Calcutta medical institutions reports 1871-78
Year: 1871
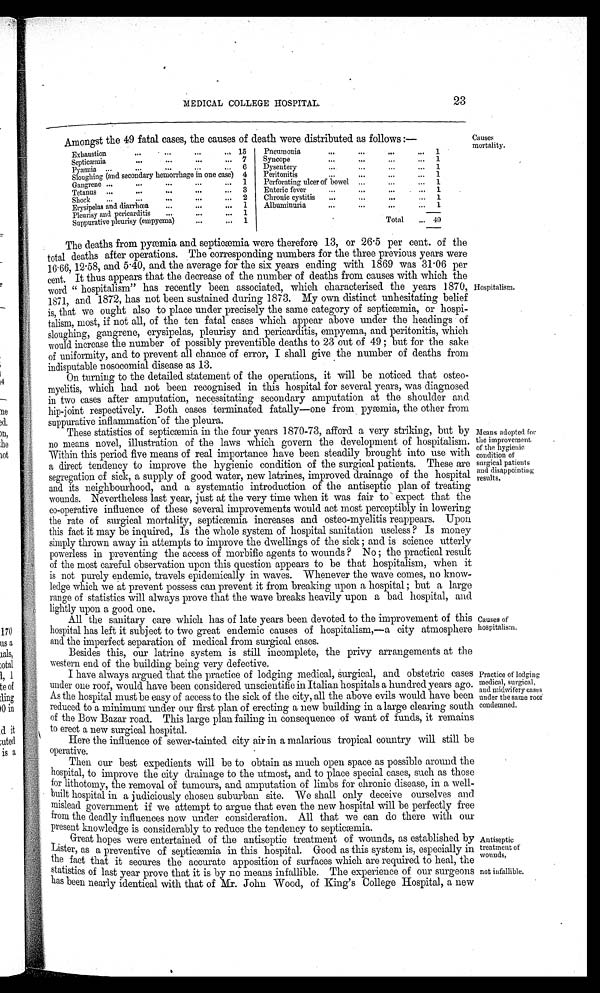
Exhaustion
15
Septicæmia
7
Pyæmia
6
Sloughing (and secondary hemorrhage in one case) 4
Gangrene
1
Tetanus
3
Shock
2
Erysipelas and diarrhœa
1
Pleurisy and pericarditis
1
Suppurative pleurisy (empyema)
1
Pneumonia
1
Syncope
1
Dysentery
1
Peritonitis
1
Perforating ulcer of bowel
1
Enteric fever
1
Chronic cystitis
1
Albuminuria
1
Total
49
A mongst the 49 fatal cases, the causes of death were distributed as follows :—
Causes
mortality.
MEDICAL COLLEGE HOSPITAL.
23
The deaths from pyæmia and septicæmia were therefore 13, or 26 . 5 per cent. of the
total deaths after operations. The corresponding numbers for the three previous years were
16. 66, 12 . 58, and 5 . 40, and the average for the six years ending with 1869 was 31 . 06 per
cent. It thus appears that the decrease of the number of deaths from causes with which the
word "hospitalism" has recently been associated, which characterised the years 1870,
1871, and 1872, has not been sustained during 1873. My own distinct unhesitating belief
is, that we ought also to place under precisely the same category of septicæmia, or hospi-
talism, most, if not all, of the ten fatal cases which appear above under the headings of
sloughing, gangrene, erysipelas, pleurisy and pericarditis, empyema, and peritonitis, which
would increase the number of possibly preventible deaths to 23 out of 49 ; but for the sake
of uniformity, and to prevent all chance of error, I shall give the number of deaths from
indisputable nosocomial disease as 13.
On turning to the detailed statement of the operations, it will be noticed that osteo-
myelitis, which had not been recognised in this hospital for several years, was diagnosed
in two cases after amputation, necessitating secondary amputation at the shoulder and
hip-joint respectively. Both cases terminated fatally—one from pyæmia, the other from
suppurat i ve i nfl ammat i on of t he pl eura.
These statistics of septicæmia in the four years 1870-73, afford a very striking, but by
no means novel, illustration of the laws which govern the development of hospitalism.
Within this period five means of real importance have been steadily brought into use with
a direct tendency to improve the hygienic condition of the surgical patients. These are
segregation of sick, a supply of good water, new latrines, improved drainage of the hospital
and its neighbourhood, and a systematic introduction of the antiseptic plan of treating
wounds. Nevertheless last year, just at the very time when it was fair to expect that the
co-operative influence of these several improvements would act most perceptibly in lowering
the rate of surgical mortality, septicæmia increases and osteo-myelitis reappears. Upon
this fact it may be inquired, Is the whole system of hospital sanitation useless ? Is money
simply thrown away in attempts to improve the dwellings of the sick ; and is science utterly
powerless in preventing the access of morbific agents to wounds ? No; the practical result
of the most careful observation upon this question appears to be that hospitalism, when it
is not purely endemic, travels epidemically in waves. Whenever the wave comes, no know-
ledge which we at prevent possess can prevent it from breaking upon a hospital; but a large
range of statistics will always prove that the wave breaks heavily upon a bad hospital, and
lightly upon a good one.
All the sanitary care which has of late years been devoted to the improvement of this
hospital has left it subject to two great endemic causes of hospitalism,—a city atmosphere
and the imperfect separation of medical from surgical cases.
Besides this, our latrine system is still incomplete, the privy arrangements at the
western end of the building being very defective.
I have always argued that the practice of lodging medical, surgical, and obstetric cases
under one roof, would have been considered unscientific in Italian hospitals a hundred years ago.
As the hospital must be easy of access to the sick of the city, all the above evils would have been
reduced to a minimum under our first plan of erecting a new building in a large clearing south
of the Bow Bazar road. This large plan failing in consequence of want of funds, it remains
to erect a new surgical hospital.
Here the influence of sewer-tainted city air in a malarious tropical country will still be
operative.
Then our best expedients will be to obtain as much open space as possible around the
hospital, to improve the city drainage to the utmost, and to place special cases, such as those
for lithotomy, the removal of tumours, and amputation of limbs for chronic disease, in a well-
built hospital in a judiciously chosen suburban site. We shall only deceive ourselves and
mislead government if we attempt to argue that even the new hospital will be perfectly free
from the deadly influences now under consideration. All that we can do there with
o u r
present knowledge is considerably to reduce the tendency to septicæmia.
Great hopes were entertained of the antiseptic treatment of wounds, as established by
Lister, as a preventive of septicæmia in this hospital. Good as this system is, especially in
the fact that it secures the accurate apposition of surfaces which are required to heal, the
statistics of last year prove that it is by no means infallible. The experience of our surgeons
has been nearly identical with that of Mr. John Wood, of King's College Hospital, a new
Means adopted for
the improvement
of the hygienic
condition of
surgical patients
and disappointing
results.
Causes of
hospitalism.
Practice of lodging
medical, surgical,
and midwifery cases
under the same root
condemned.
Antiseptic
treatment of
wounds,
not infallible.